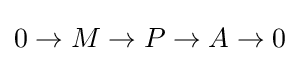
0\to M\to P\to A\to 0